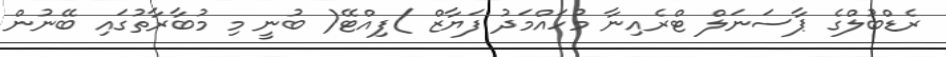
ރެޑްބުލްގެ ޕާސަނަލް ޓްރެއިނާ މުހައްމަދު ފަޔާޒް )ފިއްޓޭ( ބުނީ މި މުބާރާތުގައި ބޭނުން